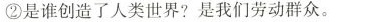
②是谁创造了人类世界?是我们劳动群众。